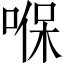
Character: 𠸒